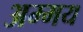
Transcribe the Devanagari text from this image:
अम्मय